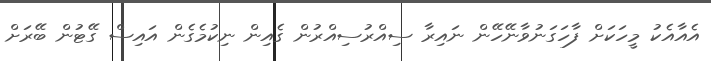
އެއާއެކު މީހަކަށް ފާހަގަނުވާނޭހޭން ނައިރާ ސިއްރުސިއްރުން ގެއިން ނިކުމެގެން އައިސް ގޭޓުން ބޭރަށް